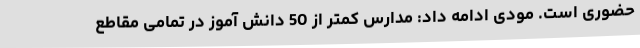
حضوری است. مودی ادامه داد: مدارس کمتر از 50 دانش آموز در تمامی مقاطع